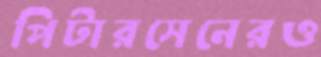
পিটারসেনেরও